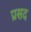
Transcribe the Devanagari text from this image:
प्रसद